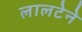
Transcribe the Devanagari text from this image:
लालटेने